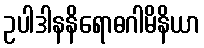
ဥပါဒါနနိရောဓဂါမိနိယာ